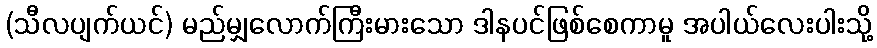
(သီလပျက်ယင်) မည်မျှလောက်ကြီးမားသော ဒါနပင်ဖြစ်စေကာမူ အပါယ်လေးပါးသို့